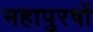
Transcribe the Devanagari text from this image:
महापुरषों